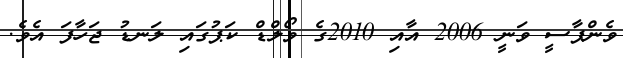
ވެންޕާސީ ވަނީ 2006 އާއި 2010ގެ ވޯލްޑް ކަޕުގައި ލަނޑު ޖަހާފަ އެވެ.